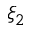
\xi _ { 2 }